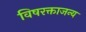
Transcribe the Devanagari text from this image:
विषरक्ताजन्य